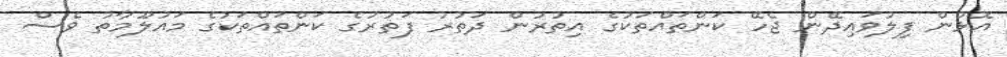
އޮޅުން ފިލުވައިދޭން ޖެހޭ ކަންތައްތަކުގެ އިތުރުން ދަތުރު ފަތުރުގެ ކަންތައްތަކުގެ މައުލޫމާތު ވެސް